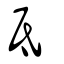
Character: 氐